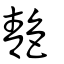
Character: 靘